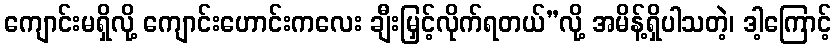
ကျောင်းမရှိလို့ ကျောင်းဟောင်းကလေး ချီးမြှင့်လိုက်ရတယ်”လို့ အမိန့်ရှိပါသတဲ့၊ ဒါ့ကြောင့်